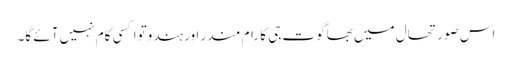
اس صورتحال میں بھاگوت جی کا رام مندر اور ہندوتوا کسی کام نہیں آئے گا۔